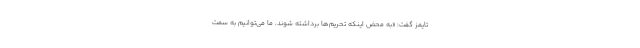
تایمز گفت: «به محض اینکه تحریم‌ها برداشته شوند، ما می‌توانیم به سمت